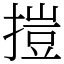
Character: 㨟